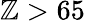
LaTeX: \mathbb{Z}>65